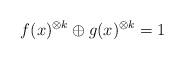
LaTeX: \begin{align*}f(x)^{\otimes k}\oplus g(x)^{\otimes k}=1\end{align*}